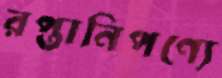
রপ্তানিপণ্যে